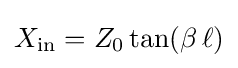
X_{\mathrm {in} }=Z_{0}\tan(\beta \,\ell )\,\!